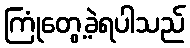
ကြုံတွေ့ခဲ့ရပါသည်